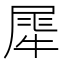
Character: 𤚌